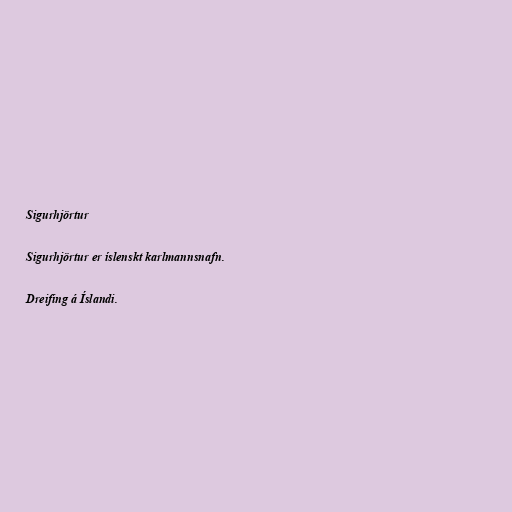
Sigurhjörtur

Sigurhjörtur er íslenskt karlmannsnafn.

Dreifing á Íslandi.